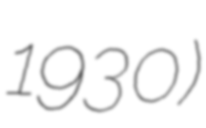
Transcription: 1930)